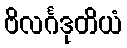
ဗိလင်္ဂဒုတိယံ